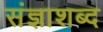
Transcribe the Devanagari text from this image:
संज्ञाशब्द